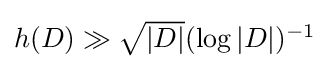
{\textstyle h(D)\gg {\sqrt {|D|}}(\log |D|)^{-1}}